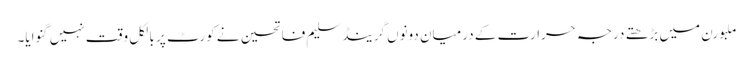
ملبورن میں بڑھتے درجہ حرارت کے درمیان دونوں گرینڈسلیم فاتحین نے کورٹ پر بالکل وقت نہیں گنوایا۔